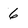
Character: 6